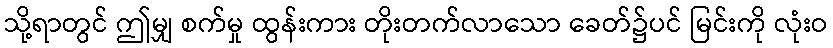
သို့ရာတွင် ဤမျှ စက်မှု ထွန်းကား တိုးတက်လာသော ခေတ်၌ပင် မြင်းကို လုံးဝ